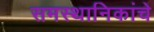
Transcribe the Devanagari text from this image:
समस्थानिकांचे